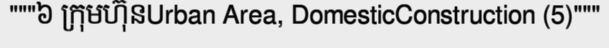
"""៦ ក្រុមហ៊ុនUrban Area, DomesticConstruction (5)"""